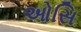
ઓસિ